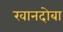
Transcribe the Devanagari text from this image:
खानदोबा